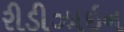
રીડીઝાઇન